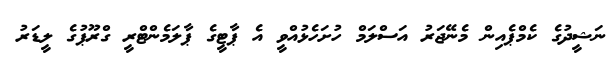
ނަޝީދުގެ ކެމްޕެއިން މެނޭޖަރު އަސްލަމް ހުށަހެޅުއްވީ އެ ޕާޓީގެ ޕާލަމެންޓްރީ ގްރޫޕުގެ ލީޑަރު